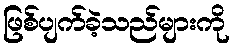
ဖြစ်ပျက်ခဲ့သည်များကို